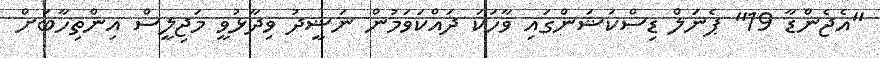
''އެޖެންޑާ 19'' ޕެނަލް ޑިސްކަޝަންގައި ވާހަކަ ދައްކަވަމުން ނަޝީދު ވިދާޅުވީ މަޖިލީސް އިންތިހާބަށް